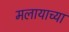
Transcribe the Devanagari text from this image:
मलायाच्या